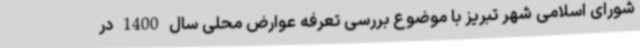
شورای اسلامی شهر تبریز با موضوع بررسی تعرفه عوارض محلی سال 1400 در